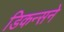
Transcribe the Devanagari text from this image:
डिकन्सने